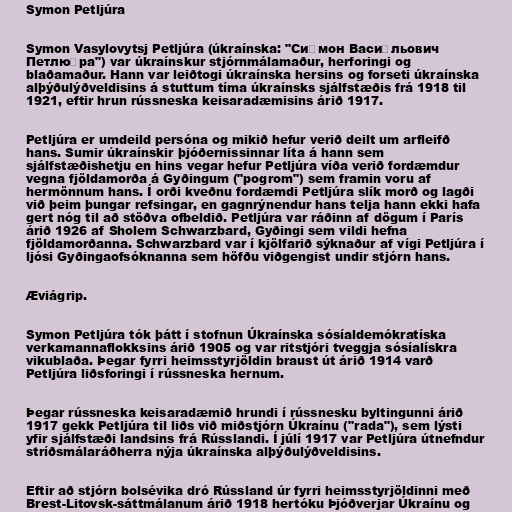
Symon Petljúra

Symon Vasylovytsj Petljúra (úkraínska: "Си́мон Васи́льович
Петлю́ра") var úkraínskur stjórnmálamaður, herforingi og
blaðamaður. Hann var leiðtogi úkraínska hersins og forseti úkraínska
alþýðulýðveldisins á stuttum tíma úkraínsks sjálfstæðis frá 1918 til
1921, eftir hrun rússneska keisaradæmisins árið 1917.

Petljúra er umdeild persóna og mikið hefur verið deilt um arfleifð
hans. Sumir úkraínskir þjóðernissinnar líta á hann sem
sjálfstæðishetju en hins vegar hefur Petljúra víða verið fordæmdur
vegna fjöldamorða á Gyðingum ("pogrom") sem framin voru af
hermönnum hans. Í orði kveðnu fordæmdi Petljúra slík morð og lagði
við þeim þungar refsingar, en gagnrýnendur hans telja hann ekki hafa
gert nóg til að stöðva ofbeldið. Petljúra var ráðinn af dögum í París
árið 1926 af Sholem Schwarzbard, Gyðingi sem vildi hefna
fjöldamorðanna. Schwarzbard var í kjölfarið sýknaður af vígi Petljúra í
ljósi Gyðingaofsóknanna sem höfðu viðgengist undir stjórn hans.

Æviágrip.

Symon Petljúra tók þátt í stofnun Úkraínska sósíaldemókratíska
verkamannaflokksins árið 1905 og var ritstjóri tveggja sósíalískra
vikublaða. Þegar fyrri heimsstyrjöldin braust út árið 1914 varð
Petljúra liðsforingi í rússneska hernum.

Þegar rússneska keisaradæmið hrundi í rússnesku byltingunni árið
1917 gekk Petljúra til liðs við miðstjórn Úkraínu ("rada"), sem lýsti
yfir sjálfstæði landsins frá Rússlandi. Í júlí 1917 var Petljúra útnefndur
stríðsmálaráðherra nýja úkraínska alþýðulýðveldisins.

Eftir að stjórn bolsévika dró Rússland úr fyrri heimsstyrjöldinni með
Brest-Litovsk-sáttmálanum árið 1918 hertóku Þjóðverjar Úkraínu og